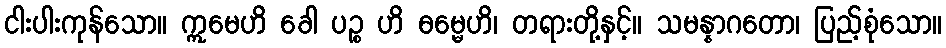
ငါးပါးကုန်သော။ ဣမေဟိ ခေါ ပဉ္စ ဟိ ဓမ္မေဟိ၊ တရားတို့နှင့်။ သမန္နာဂတော၊ ပြည့်စုံသော။